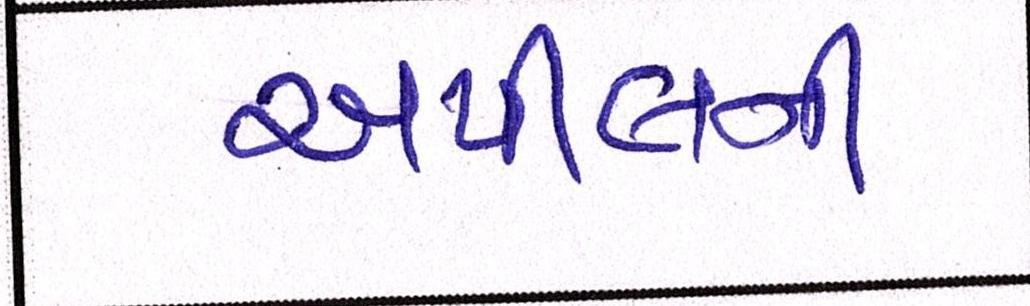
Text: અપીલની